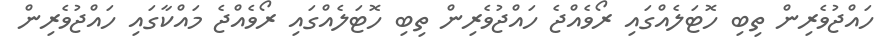
ހައްޖުވެރިން ތިބި ހޮޓަލެއްގައި ރޯވެއްޖެ ހައްޖުވެރިން ތިބި ހޮޓަލެއްގައި ރޯވެއްޖެ މައްކާގައި ހައްޖުވެރިން